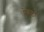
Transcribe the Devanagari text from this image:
ऐक्टा